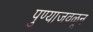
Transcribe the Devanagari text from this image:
पुण्याजवळून